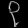
Digit: ၃